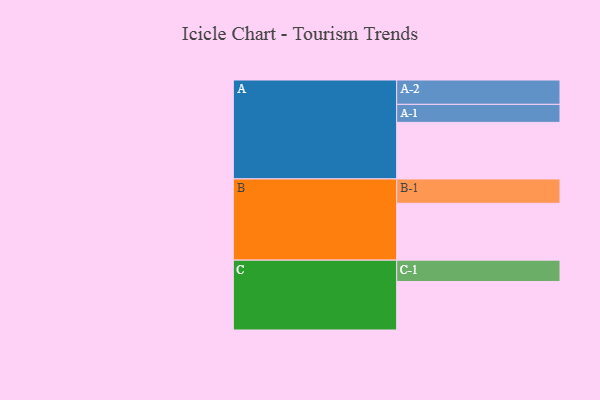
{"axis": {"x": "Segment", "y": "Value"}, "legend": ["", "A", "B", "C"], "data": [{"x": "A", "y": 597, "type": ""}, {"x": "B", "y": 600, "type": ""}, {"x": "C", "y": 512, "type": ""}, {"x": "A-1", "y": 190, "type": "A"}, {"x": "A-2", "y": 257, "type": "A"}, {"x": "B-1", "y": 257, "type": "B"}, {"x": "C-1", "y": 225, "type": "C"}]}